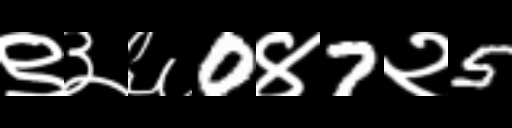
Text: ९३६0४7२5